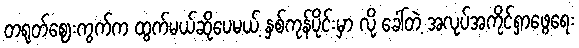
တရုတ်ဈေးကွက်က ထွက်မယ်ဆိုပေမယ့် နှစ်ကုန်ပိုင်းမှာ လို့ ခေါ်တဲ့ အလုပ်အကိုင်ရှာဖွေရေး